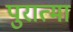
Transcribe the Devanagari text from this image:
पुरात्मा